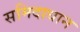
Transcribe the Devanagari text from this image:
समिदाधान